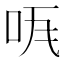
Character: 𠱏